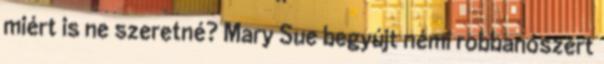
miért is ne szeretné? Mary Sue begyújt némi robbanószert